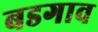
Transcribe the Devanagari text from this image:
बडगाव